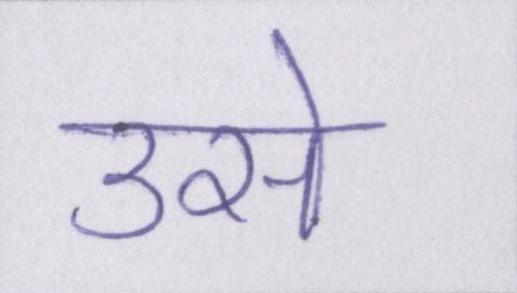
उसे